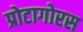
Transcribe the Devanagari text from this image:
प्रोटागोरस